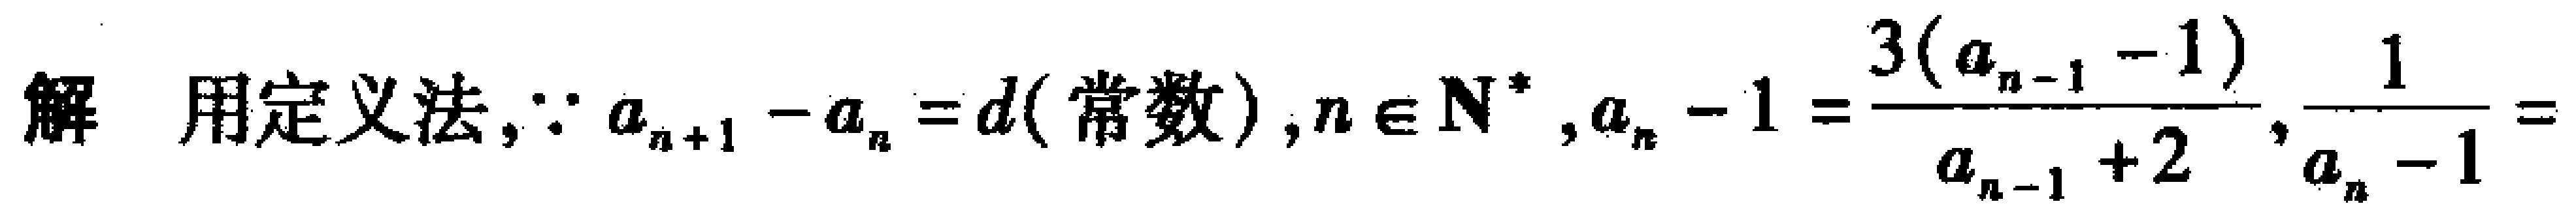
解 用定义法,$\because a_{n + 1}-a_{n}=d(常数),n\in \mathbf{N}^{*},a_{n}-1=\frac{3(a_{n - 1}-1)}{a_{n - 1}+2},\frac{1}{a_{n}-1}=$